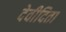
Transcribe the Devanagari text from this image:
देवीदिता